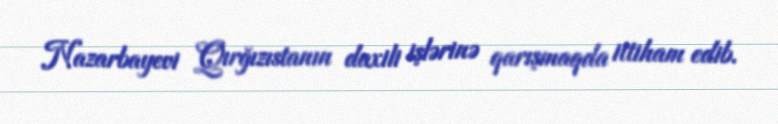
Nazarbayevi Qırğızıstanın daxili işlərinə qarışmaqda ittiham edib.